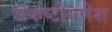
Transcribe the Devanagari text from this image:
संकष्टीगणेश